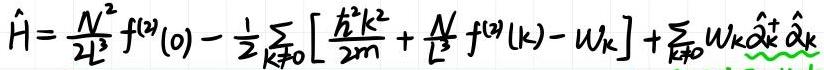
$\hat{H}=\frac{N^{2}}{2L^{3}}f^{(2)}(0)-\frac{1}{2}\sum_{\vec{k}\neq0}\left[\frac{\hbar^{2}k^{2}}{2m}+\frac{N}{L^{3}}f^{(2)}(k)-W_{k}\right]+\sum_{\vec{k}\neq0}W_{k}\hat{\alpha}_{\vec{k}}^{+}\hat{\alpha}_{\vec{k}}$